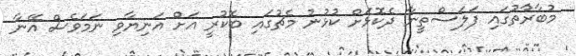
މުބާރާުތުގައި ފަލަސްތީނާ ދެކޮޅަށް ކުޅުނު މެޗުގައި ބޮކުރީ އަށް އަނިޔާވި ނަމަވެސް އޭނާ